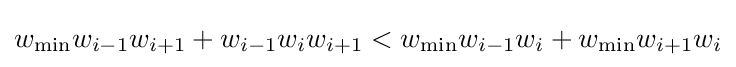
w_{\min }w_{i-1}w_{i+1}+w_{i-1}w_{i}w_{i+1}<w_{\min }w_{i-1}w_{i}+w_{\min }w_{i+1}w_{i}